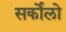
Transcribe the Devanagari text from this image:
सर्कोलो